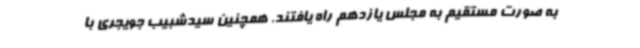
به صورت مستقیم به مجلس یازدهم راه یافتند. همچنین سیدشبیب جویجری با